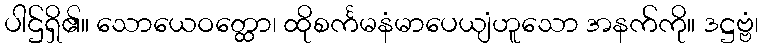
ပါဌ်ရှိ၏။ သောယေဝတ္ထော၊ ထိုစင်္ကမနံမာပေယျံဟူသော အနက်ကို။ ဒဋ္ဌဗ္ဗံ၊